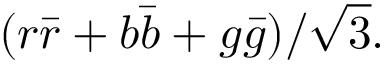
( r { \bar { r } } + b { \bar { b } } + g { \bar { g } } ) / { \sqrt { 3 } } .